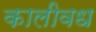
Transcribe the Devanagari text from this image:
कालीवध